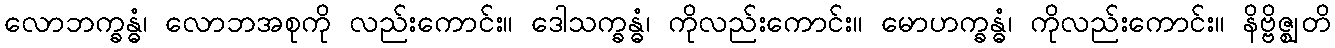
လောဘက္ခန္ဓံ၊ လောဘအစုကို လည်းကောင်း။ ဒေါသက္ခန္ဓံ၊ ကိုလည်းကောင်း။ မောဟက္ခန္ဓံ၊ ကိုလည်းကောင်း။ နိဗ္ဗိဇ္ဈတိ